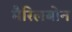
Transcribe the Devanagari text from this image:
मैरिलबोन